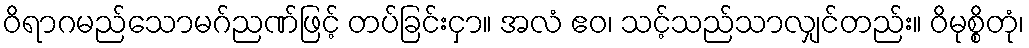
ဝိရာဂမည်သောမဂ်ညဏ်ဖြင့် တပ်ခြင်းငှာ။ အလံ ဧဝ၊ သင့်သည်သာလျှင်တည်း။ ဝိမုစ္စိတုံ၊